Report on vaccination in Madras 1904-1921 - 1904-1921
Year: 1904
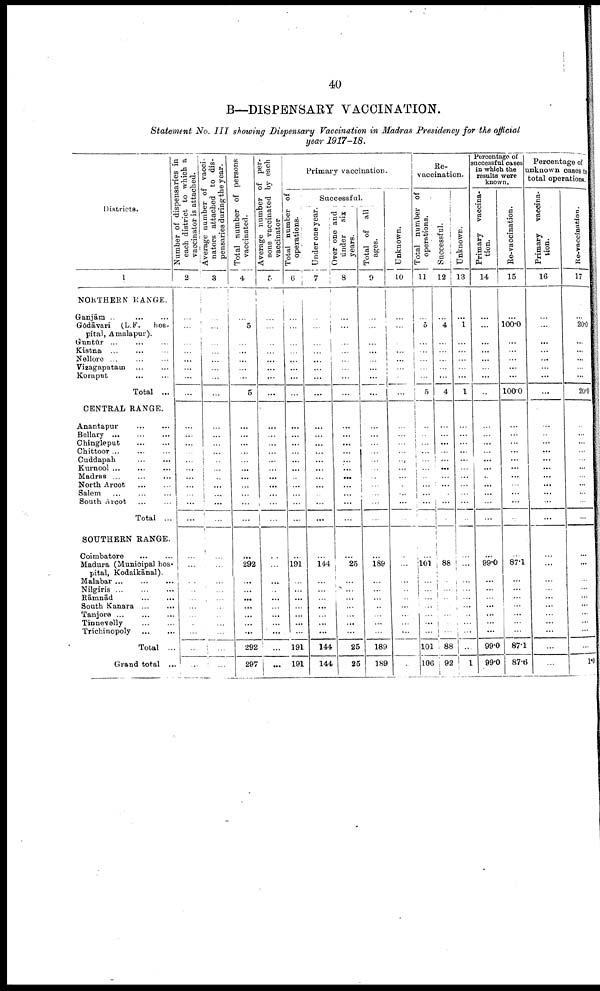
40
B—DISPENSARY VACCINATION.
Statement No. III showing Dispensary Vaccination in Madras Presidency for the official
year 1917-18.
Districts.
1
NORTHERN RANGE.
Ganjām
...
...
...
Godāvari (L.F. hos
pital, Amalapur).
Guntūr ...
...
...
Kistna ... ... ...
Nellore ...
Vizagapatam ... ...
Koraput ... ...
Total ...
CENTRAL RANGE.
Anantapur
...
...
Bellary
...
...
...
Chingleput ... ...
Chittoor ... ...
Cuddapah
...
...
Kurnool
...
...
...
Madras
...
...
...
North Arcot
...
...
Salem
...
...
...
South Arcot ... ...
Total ...
SOUTHERN RANGE.
Coimbatore
Madura (Municipal hos
pital, Kodaikānal).
Malabar
...
...
...
Nilgiris
...
...
...
Rāmnād ... ...
South Kanara ... ...
Tanjore
...
...
...
Tinnevelly ... ...
Trichinopoly
...
...
Total ...
Grand total ...
Number of dispensaries in
each district to which a
vaccinator is attached.
2
...
...
...
...
...
...
...
...
...
...
...
...
...
...
...
...
...
...
...
...
...
...
...
...
...
...
...
...
...
...
Average number of vacci¬
nators attached to dis¬
pensaries during the year.
3
...
...
...
...
...
...
...
...
...
...
...
...
...
...
...
...
...
...
...
...
...
...
...
...
...
...
...
...
...
...
Total number of persons
vaccinated.
4
...
5
...
...
...
...
...
5
...
...
...
...
...
...
...
...
...
...
...
...
292
...
...
...
...
...
...
...
292
297
Average number of per
sons vaccinated by each
Vaccinator
5
...
...
...
...
...
...
...
...
...
...
...
...
...
...
...
...
...
...
...
...
...
...
...
...
...
...
...
...
...
...
Primary vaccination.
Total number of
operations.
6
...
...
...
...
...
...
...
...
...
...
...
...
...
...
...
...
...
...
...
...
191
...
...
...
...
...
...
...
191
191
Successful.
Under one year.
Over one and
under six
years.
7
...
...
...
...
...
...
...
...
...
...
...
...
...
...
...
...
...
...
...
...
144
...
...
...
...
...
...
...
144
144
8
...
...
...
...
...
...
...
...
...
...
...
...
...
...
...
...
...
...
...
...
25
...
...
...
...
...
...
...
25
25
Total of all
ages.
9
...
...
...
...
...
...
...
...
...
...
...
...
...
...
...
...
...
...
...
...
189
...
...
...
...
...
...
...
189
189
Unknown.
10
...
...
...
...
...
...
...
...
...
...
...
...
...
...
...
...
...
...
...
...
...
...
...
...
...
...
...
...
...
...
Re¬
vaccination.
Total number of
operations.
11
...
5
...
...
...
...
...
5
...
...
...
...
...
...
...
...
...
...
...
...
101
...
... ...
...
...
...
...
101
106
Successful.
12
...
4
...
...
...
...
...
4
...
...
...
...
...
...
...
...
...
...
...
...
88
...
...
...
...
...
...
...
88
92
Unknown.
13
...
1
...
...
...
...
...
1
...
...
...
...
...
...
...
...
...
...
...
...
...
...
...
...
...
...
...
...
...
1
Percentage of
successful cases
in which the
results were
known.
Primary vaccina
tion.
14
...
...
...
...
...
...
...
...
...
...
...
...
...
...
...
...
...
...
...
...
99.0
...
...
...
...
...
...
...
99.0
99.0
Re-vaccination.
15
...
100.0
...
...
...
...
...
100.0
...
...
...
...
...
...
...
...
...
...
...
...
87.1
...
...
...
...
...
...
...
87.1
87.6
Percentage of
unknown cases t o
total operations,
Primary vaccina
tion.
16
...
...
...
...
...
...
...
...
...
...
...
...
...
...
...
...
...
...
...
...
...
...
...
...
...
...
...
...
...
...
Re-vaccination.
17
...
20.0
...
...
...
...
...
20.0
...
...
...
...
...
...
...
...
...
...
...
...
...
...
...
...
...
...
...
...
...
1.0